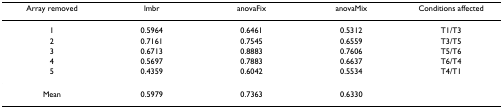
<table><thead><tr><td><b>Array removed</b></td><td><b>lmbr</b></td><td><b>anovaFix</b></td><td><b>anovaMix</b></td><td><b>Conditions affected</b></td></tr></thead><tbody><tr><td>1</td><td>0.5964</td><td>0.6461</td><td>0.5312</td><td>T1/T3</td></tr><tr><td>2</td><td>0.7161</td><td>0.7545</td><td>0.6559</td><td>T3/T5</td></tr><tr><td>3</td><td>0.6713</td><td>0.8883</td><td>0.7606</td><td>T5/T6</td></tr><tr><td>4</td><td>0.5697</td><td>0.7883</td><td>0.6637</td><td>T6/T4</td></tr><tr><td>5</td><td>0.4359</td><td>0.6042</td><td>0.5534</td><td>T4/T1</td></tr><tr><td>Mean</td><td>0.5979</td><td>0.7363</td><td>0.6330</td><td></td></tr></tbody></table>